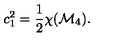
c _ { 1 } ^ { 2 } = \frac { 1 } { 2 } \chi ( { \cal M } _ { 4 } ) .